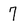
Character: 7